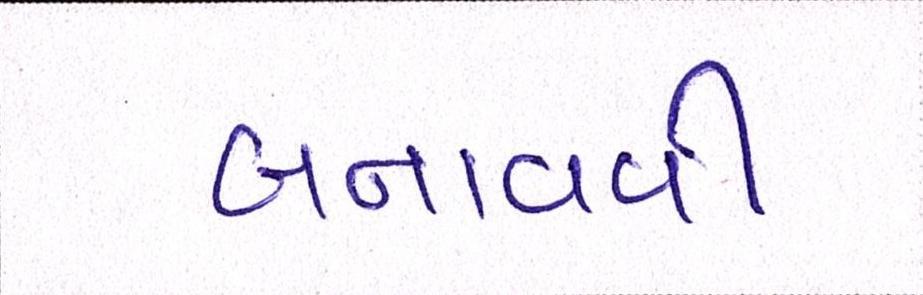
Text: બનાવવી